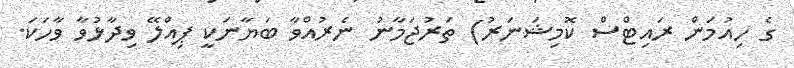
ގެ ހިއުމަން ރައިޓްސް ކޮމިޝަނަރު) ތަރުޖަމާނު ނެރުއްވާ ބަޔާނަކީ ޕިއްލޭ ވިދާޅުވާ ވާހަކަ.